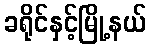
ခရိုင်နှင့်မြို့နယ်